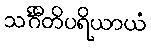
သင်္ဂီတိပရိယာယံ